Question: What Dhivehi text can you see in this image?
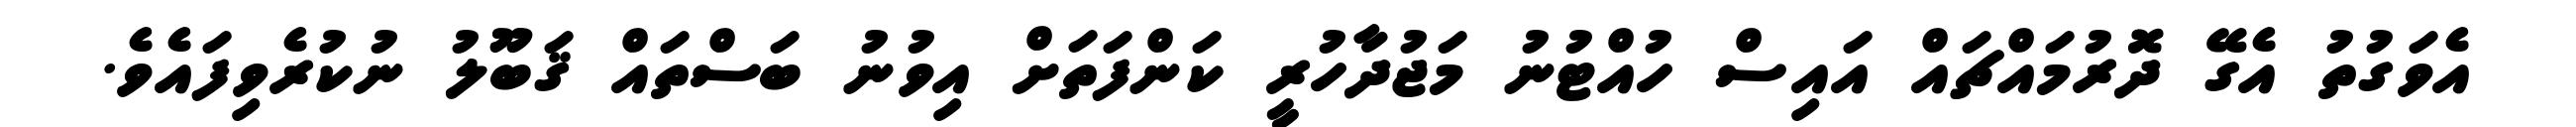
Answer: އެވަގުތު އެގޭ ދޮރުމައްޗައް އައިސް ހުއްޓުނު މަޖުދާހުރީ ކަންފަތަށް އިވުނު ބަސްތައް ޤަބޫލު ނުކުރެވިފައެވެ.